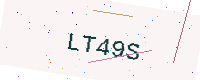
Text: LT49S